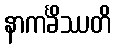
နာကင်္ခိဿတိ